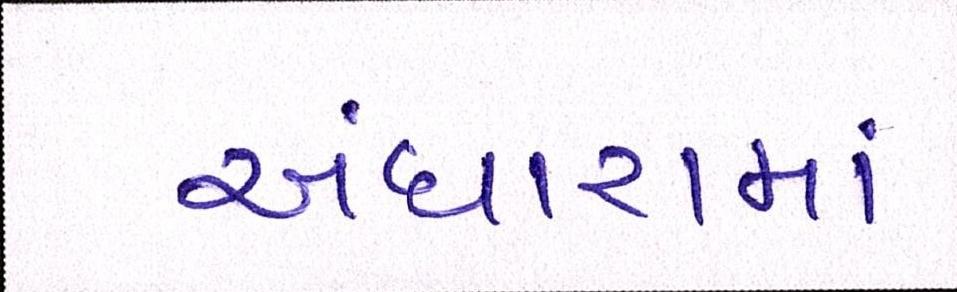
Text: અંધારામાં